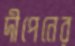
দীপেনের